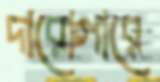
দারোগারে